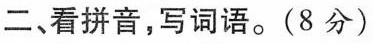
二、看拼音，写词语。(8分)